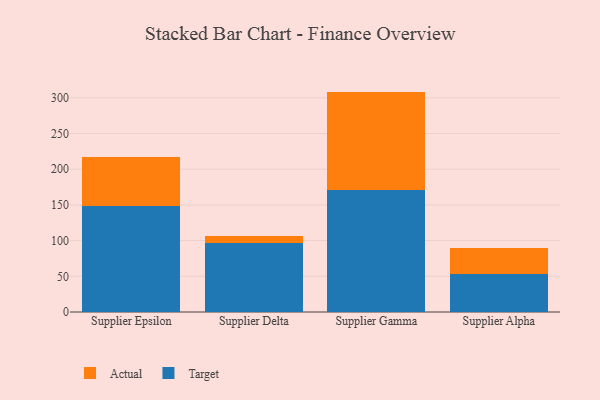
{"axis": {"x": "Supplier", "y": "Churn Rate (%)"}, "legend": ["Actual", "Target"], "data": [{"x": "Supplier Epsilon", "y": 148.7, "type": "Target"}, {"x": "Supplier Epsilon", "y": 68.1, "type": "Actual"}, {"x": "Supplier Delta", "y": 97.3, "type": "Target"}, {"x": "Supplier Delta", "y": 9.3, "type": "Actual"}, {"x": "Supplier Gamma", "y": 170.2, "type": "Target"}, {"x": "Supplier Gamma", "y": 138.5, "type": "Actual"}, {"x": "Supplier Alpha", "y": 53.1, "type": "Target"}, {"x": "Supplier Alpha", "y": 36.0, "type": "Actual"}]}